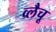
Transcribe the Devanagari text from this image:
व्लैचू